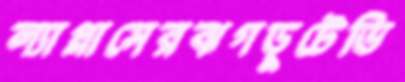
ল্যাপ্লাসেরঝগড়ুটেভি